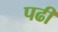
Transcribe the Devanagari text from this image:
पढीं